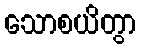
သောစယိတွာ